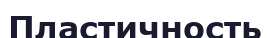
Пластичность